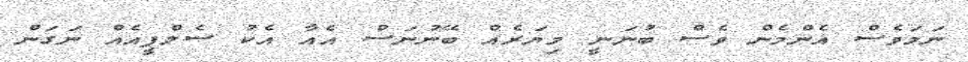
ނަމަވެސް އެންމެން ވެސް ބުނަނީ މިޔަރެއް ބޭނުނަސް އެއާ އެކު ސެލްފީއެއް ނަގަން